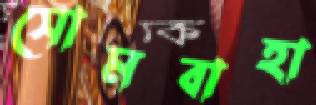
সোমবাহা